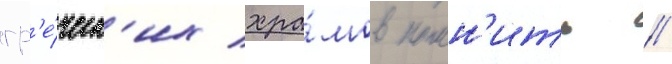
гр'е́ческ'их хра́мов помн'ить /